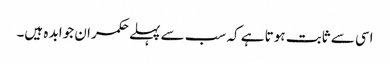
اسی سے ثابت ہوتا ہے کہ سب سے پہلے حکمران جوابد ہ ہیں۔